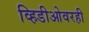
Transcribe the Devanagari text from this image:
व्हिडीओवरही